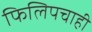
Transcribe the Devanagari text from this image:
फिलिपचाही